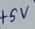
Text: +5V